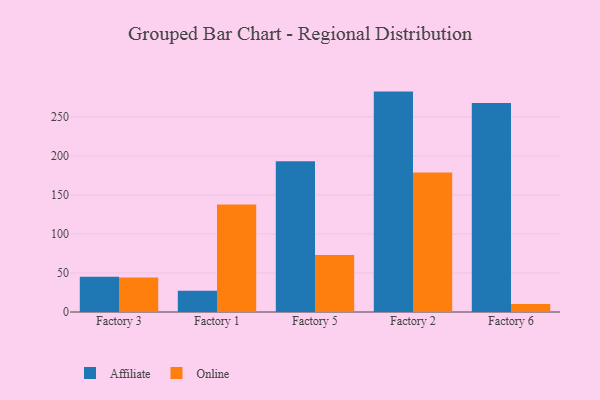
{"axis": {"x": "Factory", "y": "Churn Rate (%)"}, "legend": ["Affiliate", "Online"], "data": [{"x": "Factory 3", "y": 45.1, "type": "Affiliate"}, {"x": "Factory 3", "y": 44.3, "type": "Online"}, {"x": "Factory 1", "y": 27.1, "type": "Affiliate"}, {"x": "Factory 1", "y": 137.7, "type": "Online"}, {"x": "Factory 5", "y": 193.2, "type": "Affiliate"}, {"x": "Factory 5", "y": 72.9, "type": "Online"}, {"x": "Factory 2", "y": 282.4, "type": "Affiliate"}, {"x": "Factory 2", "y": 178.7, "type": "Online"}, {"x": "Factory 6", "y": 267.7, "type": "Affiliate"}, {"x": "Factory 6", "y": 10.2, "type": "Online"}]}